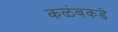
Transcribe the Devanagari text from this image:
कळंबकडे